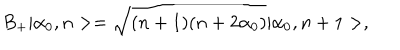
B _ { + } | \alpha _ { 0 } , n > = \sqrt { ( n + 1 ) ( n + 2 \alpha _ { 0 } ) } | \alpha _ { 0 } , n + 1 > ,